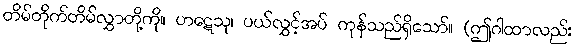
တိမ်တိုက်တိမ်လွှာတို့ကို။ ဟဋေသု၊ ပယ်လွှင့်အပ် ကုန်သည်ရှိသော်။ (ဤဂါထာလည်း